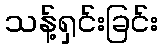
သန့်ရှင်းခြင်း